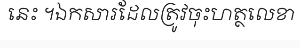
នេះ ។ឯកសារដែលត្រូវចុះហត្ថលេខា